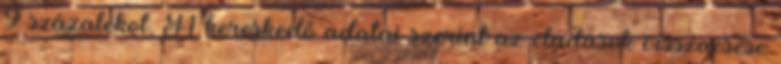
9 százalékot. A kereskedő adatai szerint az eladások visszaesése